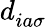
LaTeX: d_{ia\sigma}^{}